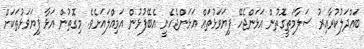
ބައްދަލުކުރާއިރު ސަލާމަތީގޮތުން އަޅަންޖެހޭ ފިޔަވަޅުތައް އަޅަންޖެހެނީ އެބޭފުޅުން އަމިއްލައަށެވެ. މިގޮތުން އަޅާ ފިޔަވަޅުތަކަށް